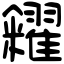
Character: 糴